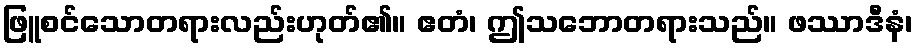
ဖြူစင်သောတရားလည်းဟုတ်၏။ ဧတံ၊ ဤသဘောတရားသည်။ ဖဿာဒီနံ၊